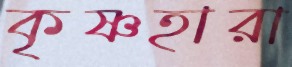
কৃষ্ণহারা